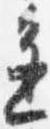
進